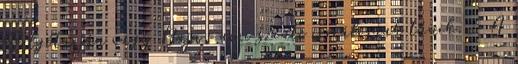
Salgótarján vagy Baja, ami szinte irreálisnak tűnik. ·· A